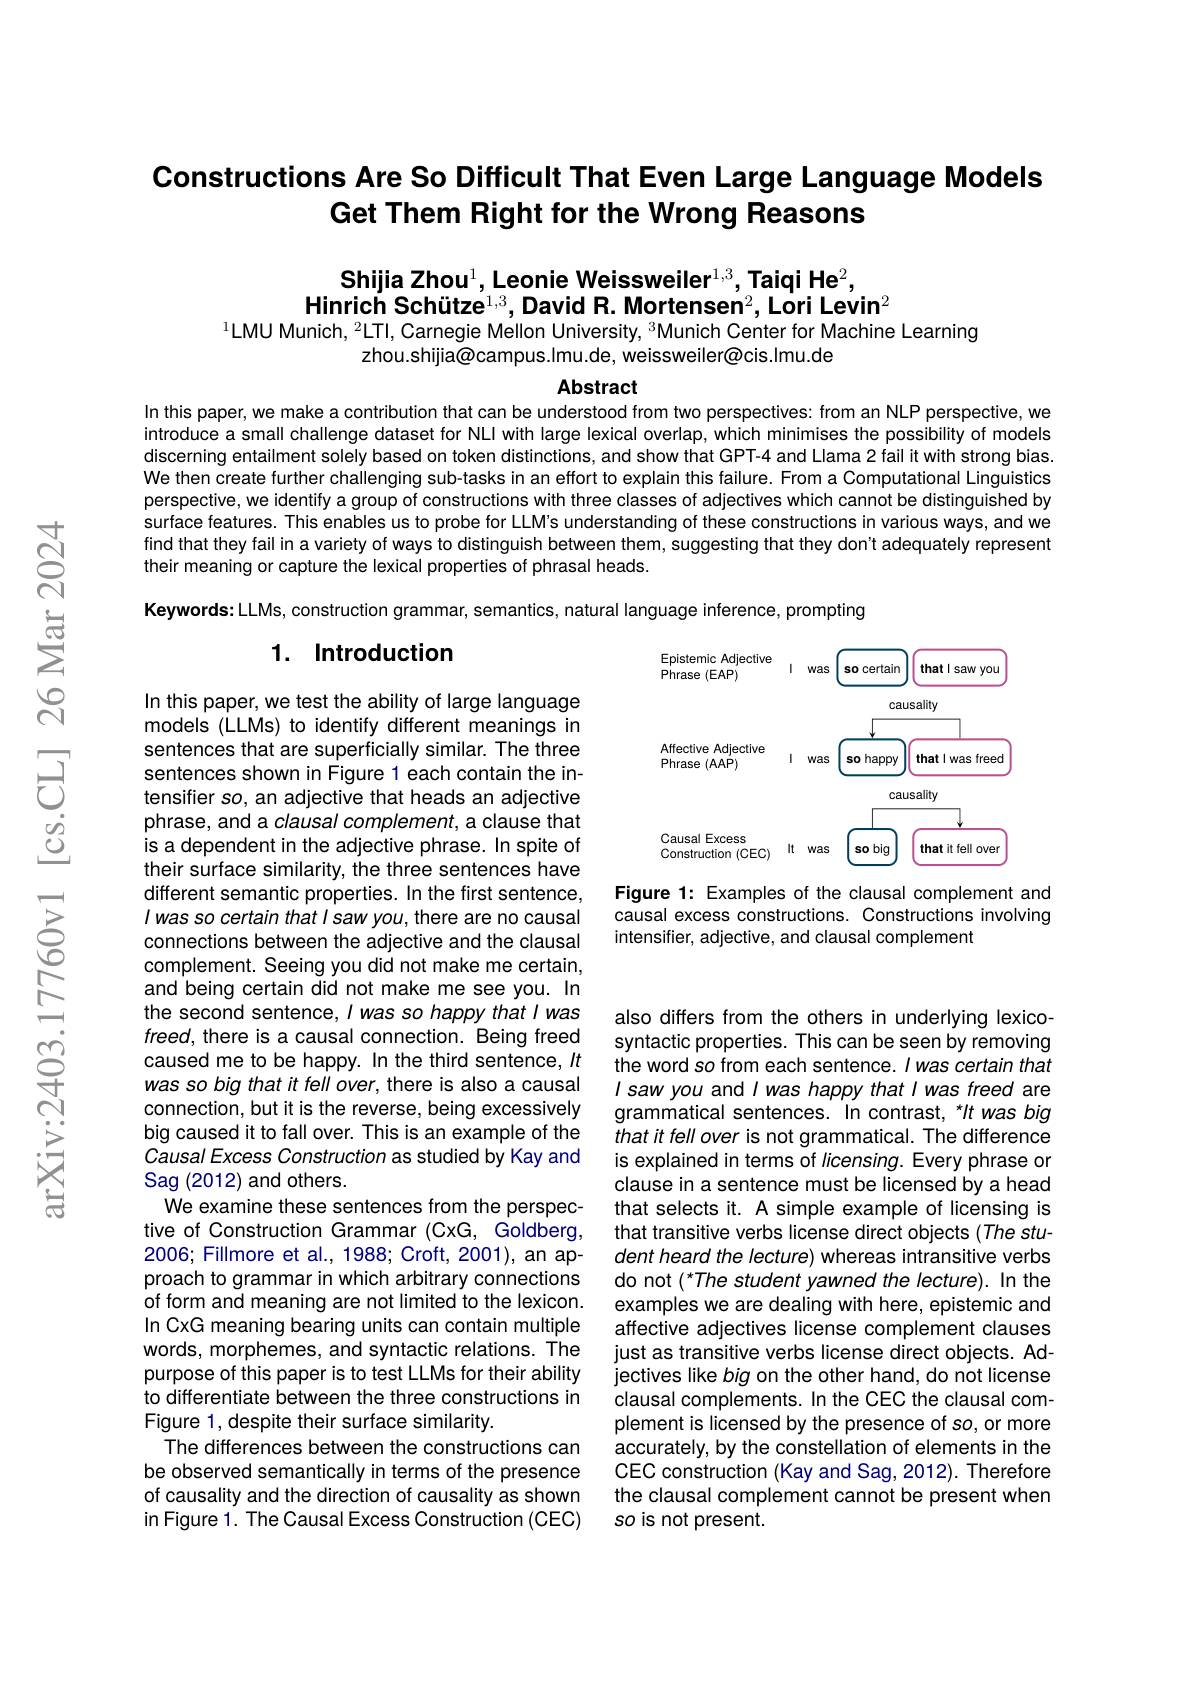
# Constructions Are So Difficult That Even Large Language Models Get Them Right for the Wrong Reasons

## Shijia Zhou$^1$,Leonie Weissweiler$^1,3,\textbf{Taiqi He}^2$, Hinrich Schütze$^1,3$,David R. Mortensen$^2$,Lori Levin$^2$ $^{1}$LMU Munich, $^2$LTI, Carnegie Mellon University, $^{3}$Munich Center for Machine Learning

zhou.shijia@campus.Imu.de, weissweiler@cis.Imu.de

Abstract

In this paper, we make a contribution that can be understood from two perspectives: from an NLP perspective, we introduce a small challenge dataset for NLl with large lexical overlap, which minimises the possibility of models discerning entailment solely based on token distinctions, and show that GPT-4 and Llama 2 fail it with strong bias. We then create further challenging sub-tasks in an effort to explain this failure. From a Computational Linguistics perspective, we identify a group of constructions with three classes of adjectives which cannot be distinguished by surface features. This enables us to probe for LLN's understanding of these constructions in various ways, and we find that they fail in a variety of ways to distinguish between them, suggesting that they don't adequately represent their meaning or capture the lexical properties of phrasal heads.

Keywords: LLMs, construction grammar, semantics, natural language inference, prompting

### 1. Introduction

<FigureHere>

Figure 1: Examples of the clausal complement and causal excess constructions. Constructions involving intensifier, adjective, and clausal complement

In this paper, we test the ability of large language models (LLMs) to identify different meanings in sentences that are superficially similar. The three sentences shown in Figure 1 each contain the intensifier so, an adjective that heads an adjective phrase, and a clausal complement, a clause that is a dependent in the adjective phrase. In spite of their surface similarity, the three sentences have different semantic properties. In the first sentence, I was so certain that I saw you, there are no causal connections between the adjective and the clausal complement. Seeing you did not make me certain, and being certain did not make me see you. In the second sentence, I was so happy that I was freed, there is a causal connection. Being freed caused me to be happy. In the third sentence, It was so big that it fell over, there is also a causal connection, but it is the reverse, being excessively big caused it to fall over. This is an example of the Causal Excess Construction as studied by Kay and Sag (2012) and others.
We examine these sentences from the perspective of Construction Grammar (CxG, Goldberg, 2006; Fillmore et al., 1988; Croft, 2001), an approach to grammar in which arbitrary connections of form and meaning are not limited to the lexicon. In CxG meaning bearing units can contain multiple words, morphemes, and syntactic relations. The purpose of this paper is to test LLMs for their ability to differentiate between the three constructions in Figure 1, despite their surface similarity.
The differences between the constructions can be observed semantically in terms of the presence of causality and the direction of causality as shown in Figure 1. The Causal Excess Construction (CEC)

also differs from the others in underlying lexicosyntactic properties. This can be seen by removing the word so from each sentence. I was certain that Isaw you and I was happy that I was freed are grammatical sentences. In contrast, *It was big that it fell over is not grammatical. The difference is explained in terms of licensing. Every phrase or clause in a sentence must be licensed by a head that selects it. A simple example of licensing is that transitive verbs license direct objects (The student heard the lecture) whereas intransitive verbs do not $(^*The$ student yawned the lecture).In the examples we are dealing with here, epistemic and affective adjectives license complement clauses just as transitive verbs license direct objects. Adjectives like big on the other hand, do not license clausal complements. In the CEC the clausal complement is licensed by the presence of so, or more accurately, by the constellation of elements in the CEC construction (Kay and Sag, 2012). Therefore the clausal complement cannot be present when so is not present.